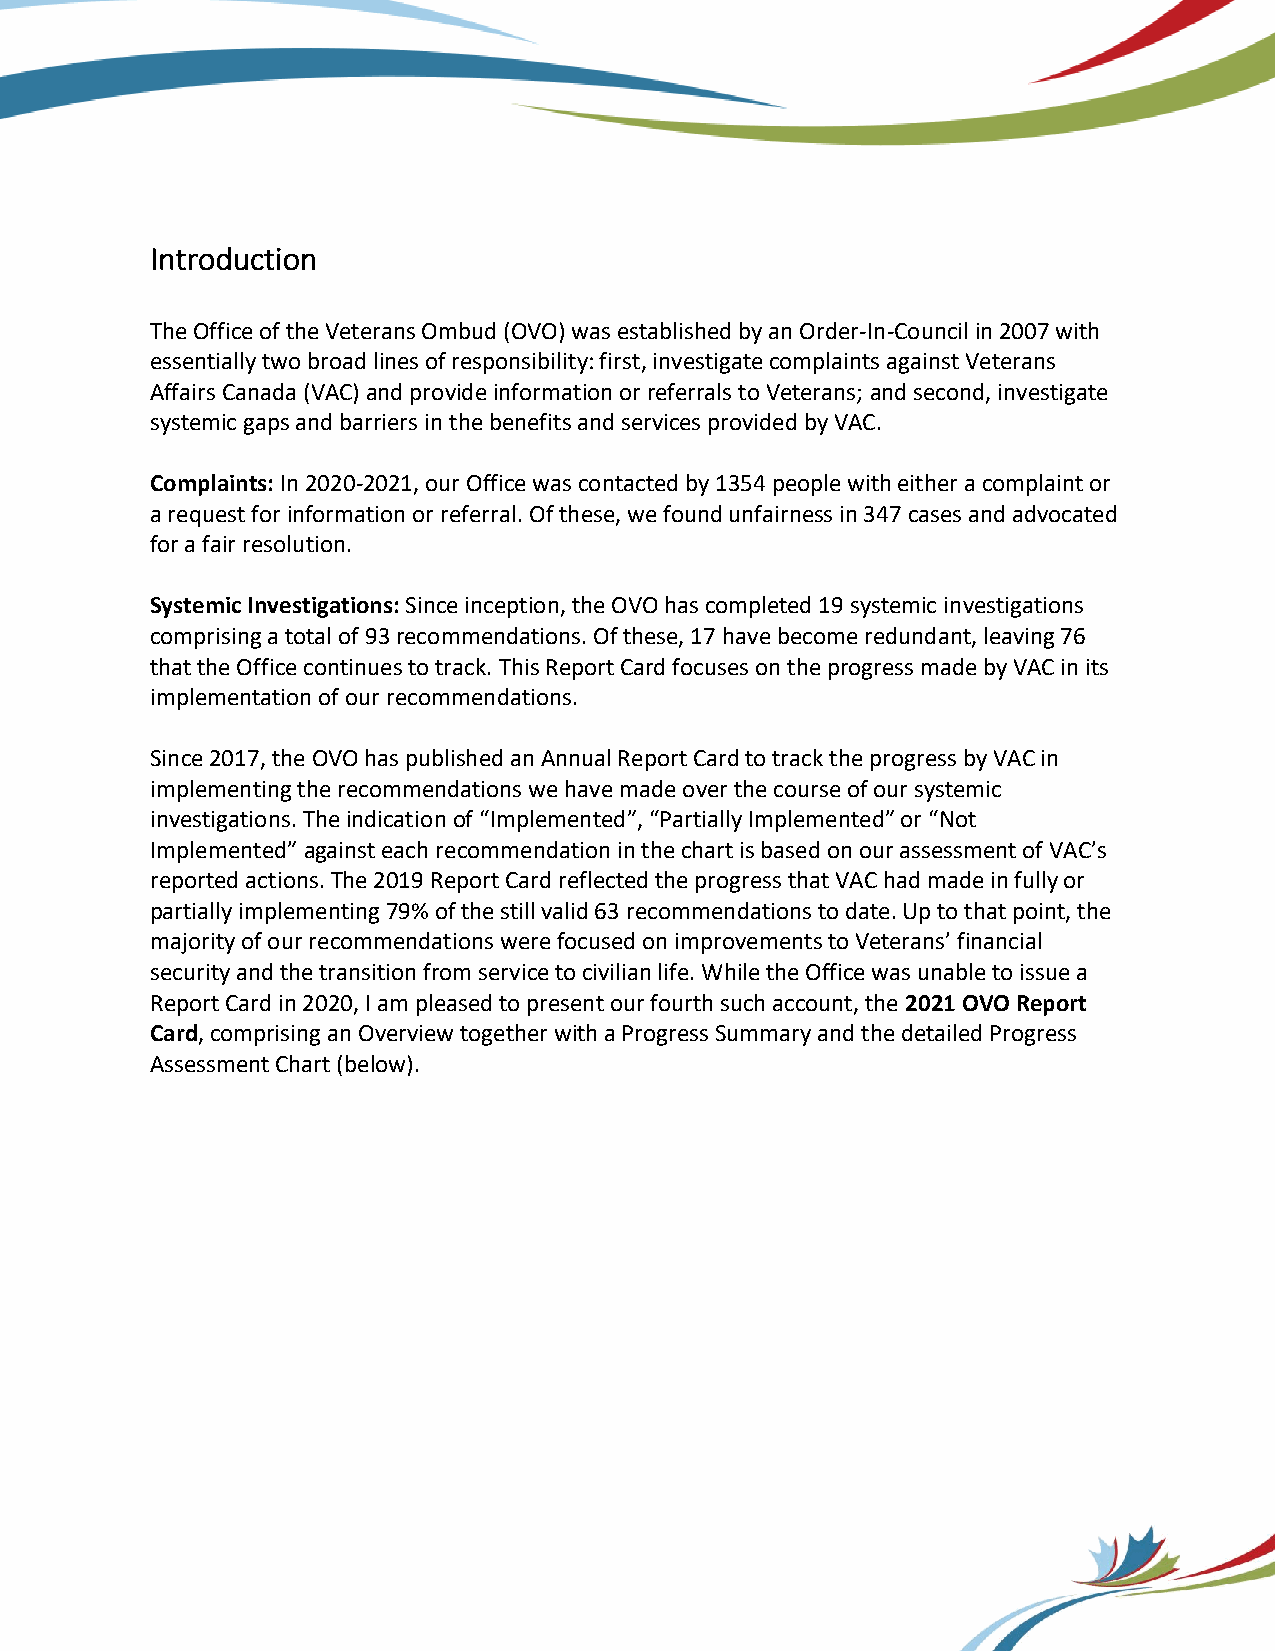
Introduction
 The Office of the Veterans Ombud (OVO) was established by an Order-In-Council in 2007 with
 essentially two broad lines of responsibility: first, investigate complaints against Veterans
 Affairs Canada (VAC) and provide information or referrals to Veterans; and second, investigate
 systemic gaps and barriers in the benefits and services provided by VAC.
 Complaints: In 2020-2021, our Office was contacted by 1354 people with either a complaint or
 a request for information or referral. Of these, we found unfairness in 347 cases and advocated
 for a fair resolution.
 Systemic Investigations: Since inception, the OVO has completed 19 systemic investigations
 comprising a total of 93 recommendations. Of these, 17 have become redundant, leaving 76
 that the Office continues to track. This Report Card focuses on the progress made by VAC in its
 implementation of our recommendations.
 Since 2017, the OVO has published an Annual Report Card to track the progress by VAC in
 implementing the recommendations we have made over the course of our systemic
 investigations. The indication of “Implemented”, “Partially Implemented” or “Not
 Implemented” against each recommendation in the chart is based on our assessment of VAC’s
 reported actions. The 2019 Report Card reflected the progress that VAC had made in fully or
 partially implementing 79% of the still valid 63 recommendations to date. Up to that point, the
 majority of our recommendations were focused on improvements to Veterans’ financial
 security and the transition from service to civilian life. While the Office was unable to issue a
 Report Card in 2020, I am pleased to present our fourth such account, the 2021 OVO Report
 Card, comprising an Overview together with a Progress Summary and the detailed Progress
 Assessment Chart (below).